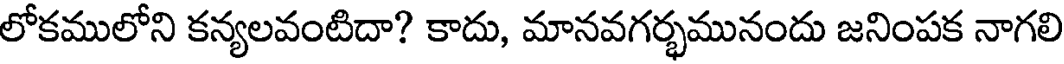
లోకములోని కన్యలవంటిదా? కాదు, మానవగర్భమునందు జనింపక నాగలి